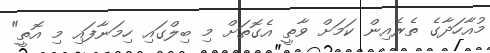
މުއާހަދާގެ ތެރެއިން ކަމަށް ވާތީ އެގޮތަށް މި ބިލްގައި ހިމަނާފައި މި އޮތީ"